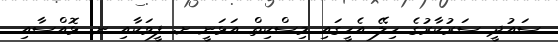
ސައުދީ ސަރުކާރުގެ ހިލޭ އެހީގައި މިސްކިތް އަޅަނީ ށ. ފީވަކާއި ނ. ޅޮއްސާއި